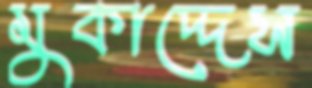
মুকাদ্দেস